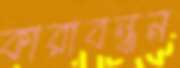
কারাবন্ধন